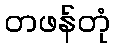
တဖန်တုံ